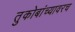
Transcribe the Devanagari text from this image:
तुकोबांच्यावरच